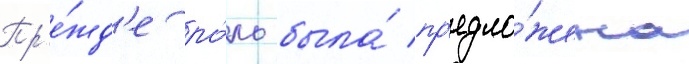
Пр'е́жд'е ро́ль была́ пр'едло́жена